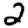
Digit: 2